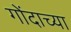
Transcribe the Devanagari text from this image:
गोंदाच्या